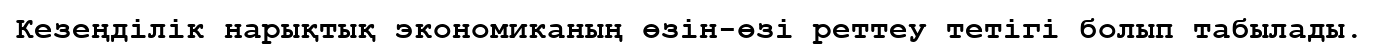
Кезеңділік нарықтық экономиканың өзін-өзі реттеу тетігі болып табылады.